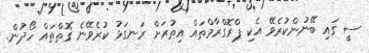
ސީ ގައި ބޭނުންކުރެވޭ އެކި ޕްރޮގްރާމްތައް އިތުރަށް ރަނގަޅު ކުރެވޭނެ ގޮތްތައް ހޯދުން.